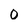
Character: 0